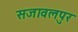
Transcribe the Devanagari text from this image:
सजावलपुर